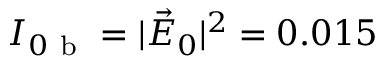
I _ { 0 \mathrm { ~ b ~ } } = | \vec { E } _ { 0 } | ^ { 2 } = 0 . 0 1 5